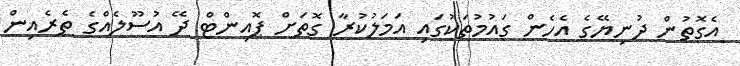
އެގޮތުން ދުނިޔޭގެ އެހެން ގައުމުތަކުގައި އަމަލުކުރާ ގޮތަށް ޕޮއިންޓް ދޭ އުސޫލެއްގެ ތެރެއިން